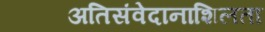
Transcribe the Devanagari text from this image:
अतिसंवेदानाशिलता